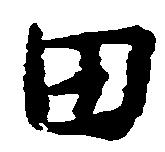
田